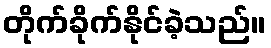
တိုက်ခိုက်နိုင်ခဲ့သည်။